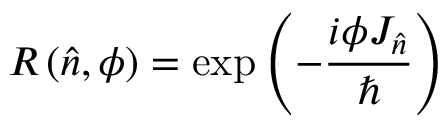
R \left( { \hat { n } } , \phi \right) = \exp \left( - { \frac { i \phi J _ { \hat { n } } } { \hbar } } \right)